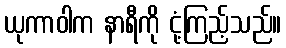
ယုကာဝါက နာရီကို ငုံ့ကြည့်သည်။